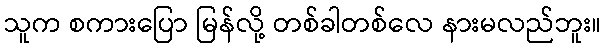
သူက စကားပြော မြန်လို့ တစ်ခါတစ်လေ နားမလည်ဘူး။